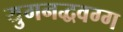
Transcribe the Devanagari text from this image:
युगनद्धवग्ग